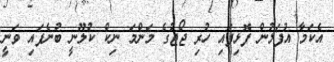
އެކަމާ އުފަލުން ފޮޅިފައި ހުރި ޖޯޖުގެ މަންމަ ނިކް ކުލޫނީ ބުނެފައި ވަނީ